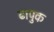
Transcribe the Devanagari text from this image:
ढापुक